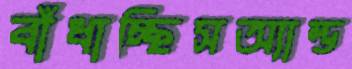
বাঁধাচ্ছিসঅ্যাল্ড